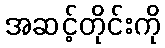
အဆင့်တိုင်းကို